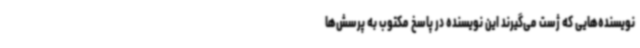
نویسنده‌هایی که ژست می‌گیرند این نویسنده در پاسخ مکتوب به پرسش‌ها